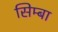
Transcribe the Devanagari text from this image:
सिम्बा